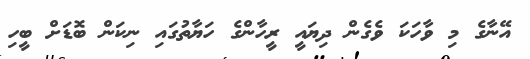
އޭނާގެ މި ވާހަކަ ވެގެން ދިޔައީ ރީހާންގެ ހަޔާތުގައި ނިކަން ބޮޑަށް ބީހި